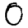
Digit: 0